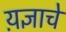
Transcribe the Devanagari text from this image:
य़ज्ञाचे